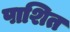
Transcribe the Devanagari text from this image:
पाशित